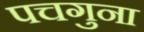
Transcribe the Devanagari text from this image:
पचगुना